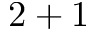
2 + 1